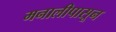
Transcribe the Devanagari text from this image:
मनालीपासून